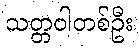
သတ္တဝါတစ်ဦး